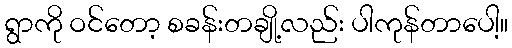
ရွာကို ဝင်တော့ စခန်းတချို့လည်း ပါကုန်တာပေါ့။